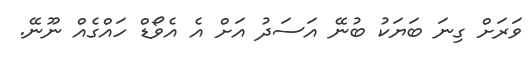
ވަރަށް ގިނަ ބަޔަކު ބުނޭ އަސަދު އަށް އެ އެވޯޑް ހައްގެއް ނޫނޭ.